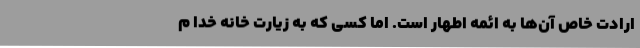
ارادت خاص آن‌ها به ائمه اطهار است. اما کسی که به زیارت خانه خدا م